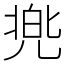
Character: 兠